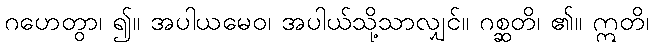
ဂဟေတွာ၊ ၍။ အပါယမေဝ၊ အပါယ်သို့သာလျှင်။ ဂစ္ဆတိ၊ ၏။ ဣတိ၊